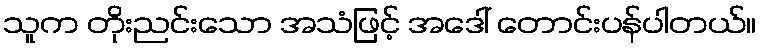
သူက တိုးညင်းသော အသံဖြင့် အဒေါ် တောင်းပန်ပါတယ်။